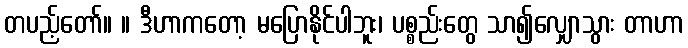
တပည့်တော်။ ။ ဒီဟာကတော့ မပြောနိုင်ပါဘူး၊ ပစ္စည်းတွေ သာ၍လျှောသွား တာဟာ